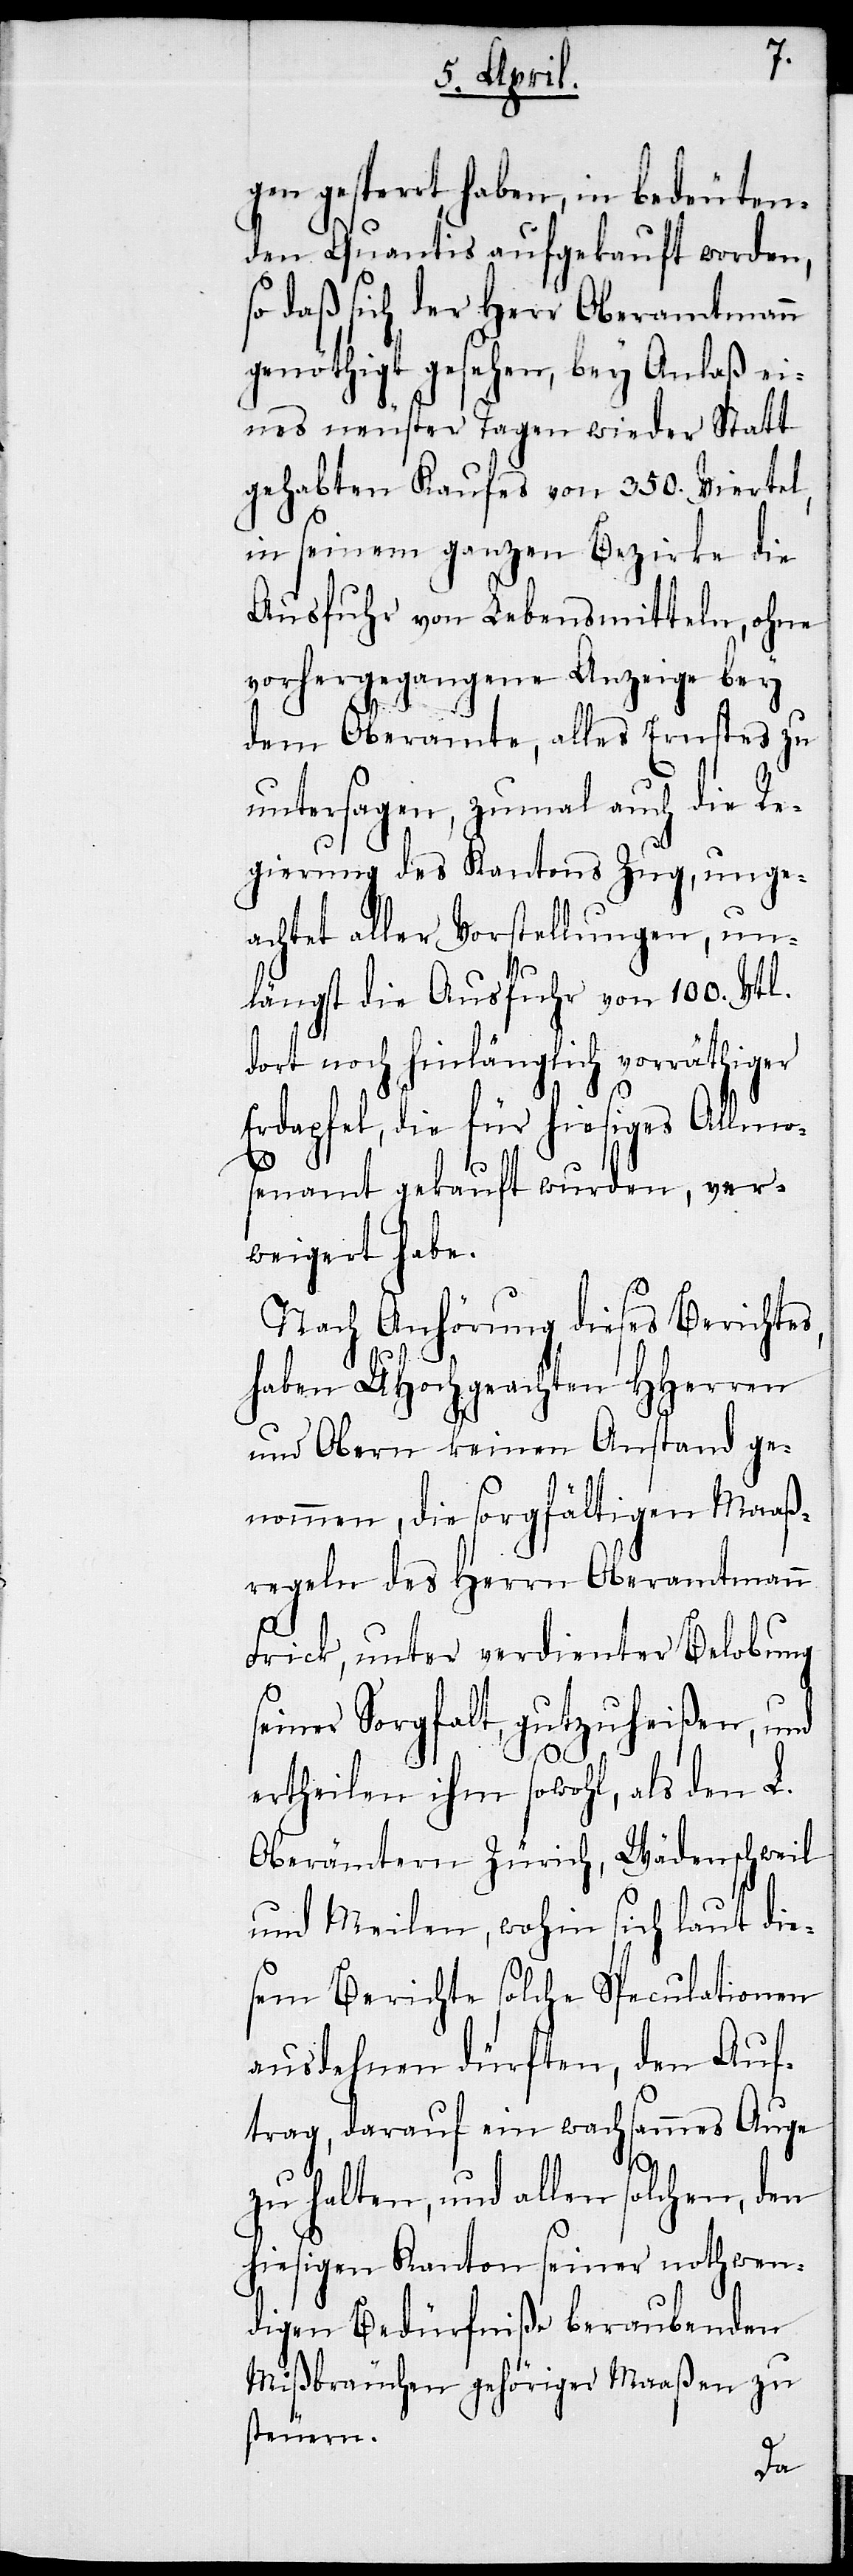
gen gesperrt haben, in bedeuten¬
den Quantis aufgekauft worden,
so daß sich der Herr Oberamtmann
genöthigt gesehen, bey Anlaß ei¬
nes neuster Tagen wieder Statt
gehabten Kaufes von 350. Viertel,
in seinem ganzen Bezirke die
Ausfuhr von Lebensmitteln, ohne
vorhergegangene Anzeige bey
dem Oberamte, alles Ernstes zu
untersagen, zumal auch die Re¬
gierung des Kantons Zug, unge¬
achtet aller Vorstellungen, un¬
längst die Ausfuhr von 100. Vtl.
dort noch hinlänglich vorräthiger
Erdapfel, die für hiesiges Allmo¬
senamt gekauft wurden, ver¬
weigert habe.
Nach Anhörung dieses Berichtes,
haben UHochgeachten HHerren
und Obern keinen Anstand ge¬
nommen, die sorgfältigen Maaß¬
regeln des Herrn Oberamtmann
Frick, unter verdienter Belobung
seiner Sorgfalt, gutzuheißen, und
ertheilen ihm sowohl, als den L.
Oberämtern Zürich, Wädenschweil
und Meilen, wohin sich laut die¬
sem Berichte solche Speculationen
ausdehnen dürften, den Auf¬
trag, darauf ein wachsames Auge
zu halten, und allen solchen, den
hiesigen Kanton seiner nothwen¬
digen Bedürfniße beraubenden
Mißbräuchen gehöriger Maaßen zu
steuern.